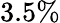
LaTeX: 3.5\%